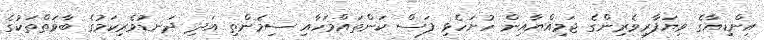
އިންޑިއާގެ ވިޔަފާރިވެރިންގެ ޖަމިއްޔާއިން ހުށަހެޅި ފަސް ކަންތައްމަހާއި ސިމެންތި އަދި ދަނޑުވެރިކަމުގެ ބާވަތްތަކުގެ